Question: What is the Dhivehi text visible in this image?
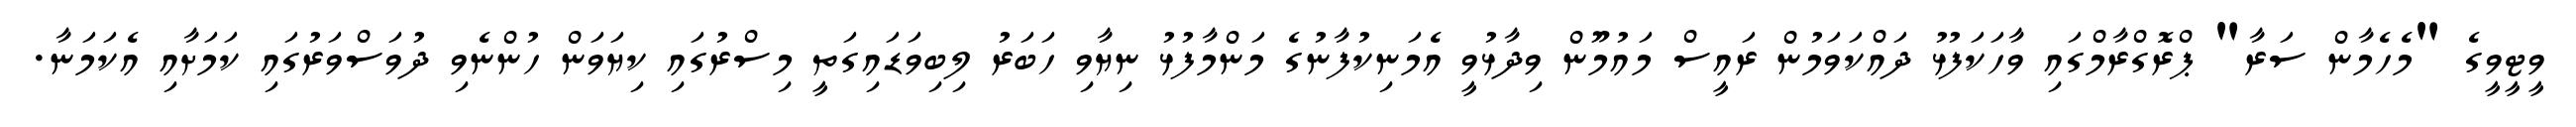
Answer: ވީޓީވީގެ "މެހެމާން ސަރާ" ޕްރޮގްރާމްގައި ވާހަކަފުޅު ދައްކަވަމުން ރައީސް މައުމޫން ވިދާޅުވީ އެމަނިކުފާނުގެ މަންމާފުޅު ނިޔާވި ހަބަރު ލިބިވަޑައިގަތީ މިސްރުގައި ކިޔަވަން ހުންނެވި ދުވަސްވަރުގައި ކަމަށާއި އެކަމަނާ.